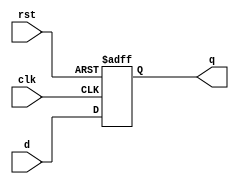
module dff_delay (
    input wire clk,
    input wire rst,
    input wire d,
    output reg q
);

reg internal_q;

always @ (posedge clk or posedge rst) begin
    if (rst) begin
        internal_q <= 1'b0;
    end else begin
        internal_q <= d;
    end
end

assign #10 q = internal_q;

endmodule